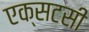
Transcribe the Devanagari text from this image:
एक्सटसी